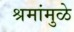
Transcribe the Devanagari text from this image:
श्रमांमुळे